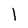
Character: l